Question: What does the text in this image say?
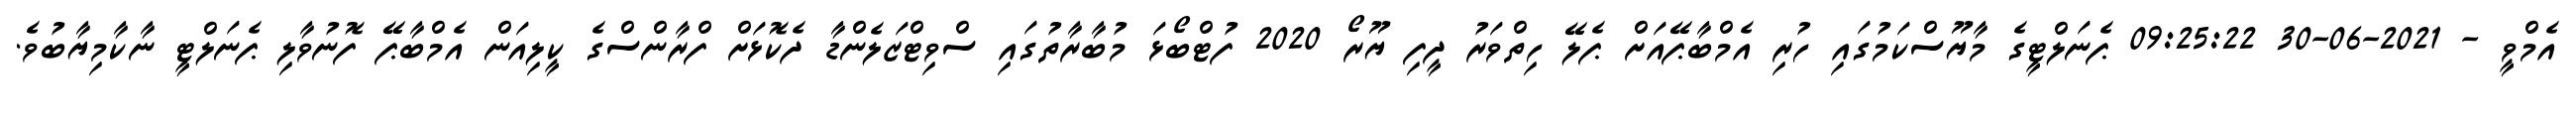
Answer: އެމްވީ - 2021-06-30 09:25:22 ޕެނަލްޓީގެ މާޔޫސްކަމުގައި ހުރި އެމްބާޕޭއަށް ޕެލޭ ހިތްވަރު ދީފި ޔޫރޯ 2020 ފުޓްބޯޅަ މުބާރާތުގައި ސްވިޓްޒަލެންޑާ ދެކޮޅަށް ފްރާންސްގެ ކީލިއަން އެމްބާޕޭ ފޮނުވާލި ޕެނަލްޓީ ނާކާމިޔާބުވެ.